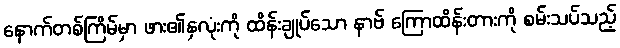
နောက်တစ်ကြိမ်မှာ ဖား၏နှလုံးကို ထိန်းချုပ်သော နာဗ် ကြောထိန်းတားကို စမ်းသပ်သည့်